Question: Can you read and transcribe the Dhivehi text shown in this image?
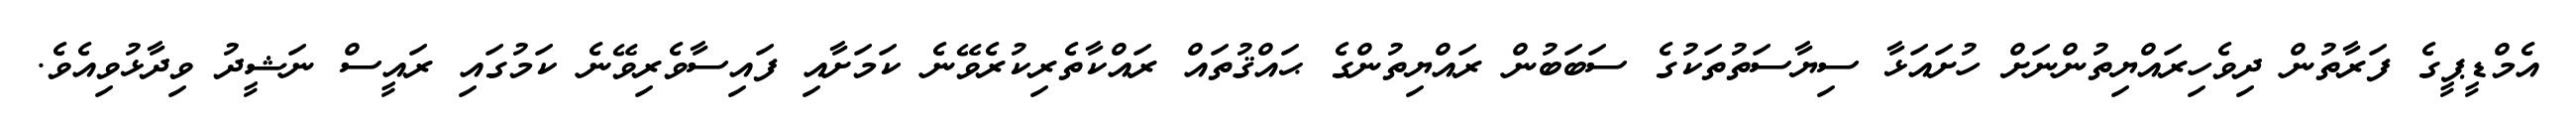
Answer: އެމްޑީޕީގެ ފަރާތުން ދިވެހިރައްޔިތުންނަށް ހުށައަޅާ ސިޔާސަތުތަކުގެ ސަބަބުން ރައްޔިތުންގެ ޙައްޤުތައް ރައްކާތެރިކުރެވޭނެ ކަމަށާއި ފައިސާވެރިވޭނެ ކަމުގައި ރައީސް ނަޝީދު ވިދާޅުވިއެވެ.